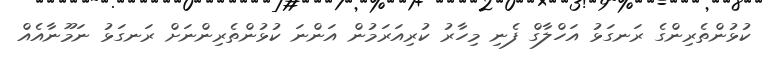
ކުޅުންތެރިންގެ ރަނގަޅު އަހްލާގް ފެނި މިހާރު ކުރިއަރަމުން އަންނަ ކުޅުންތެރިންނަށް ރަނގަޅު ނަމޫނާއެއް